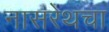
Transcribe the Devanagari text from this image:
नासरेथचा